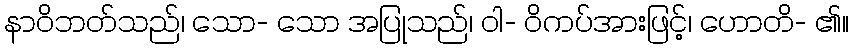
နာဝိဘတ်သည်၊ သော- သော အပြုသည်၊ ဝါ- ဝိကပ်အားဖြင့်၊ ဟောတိ- ၏။